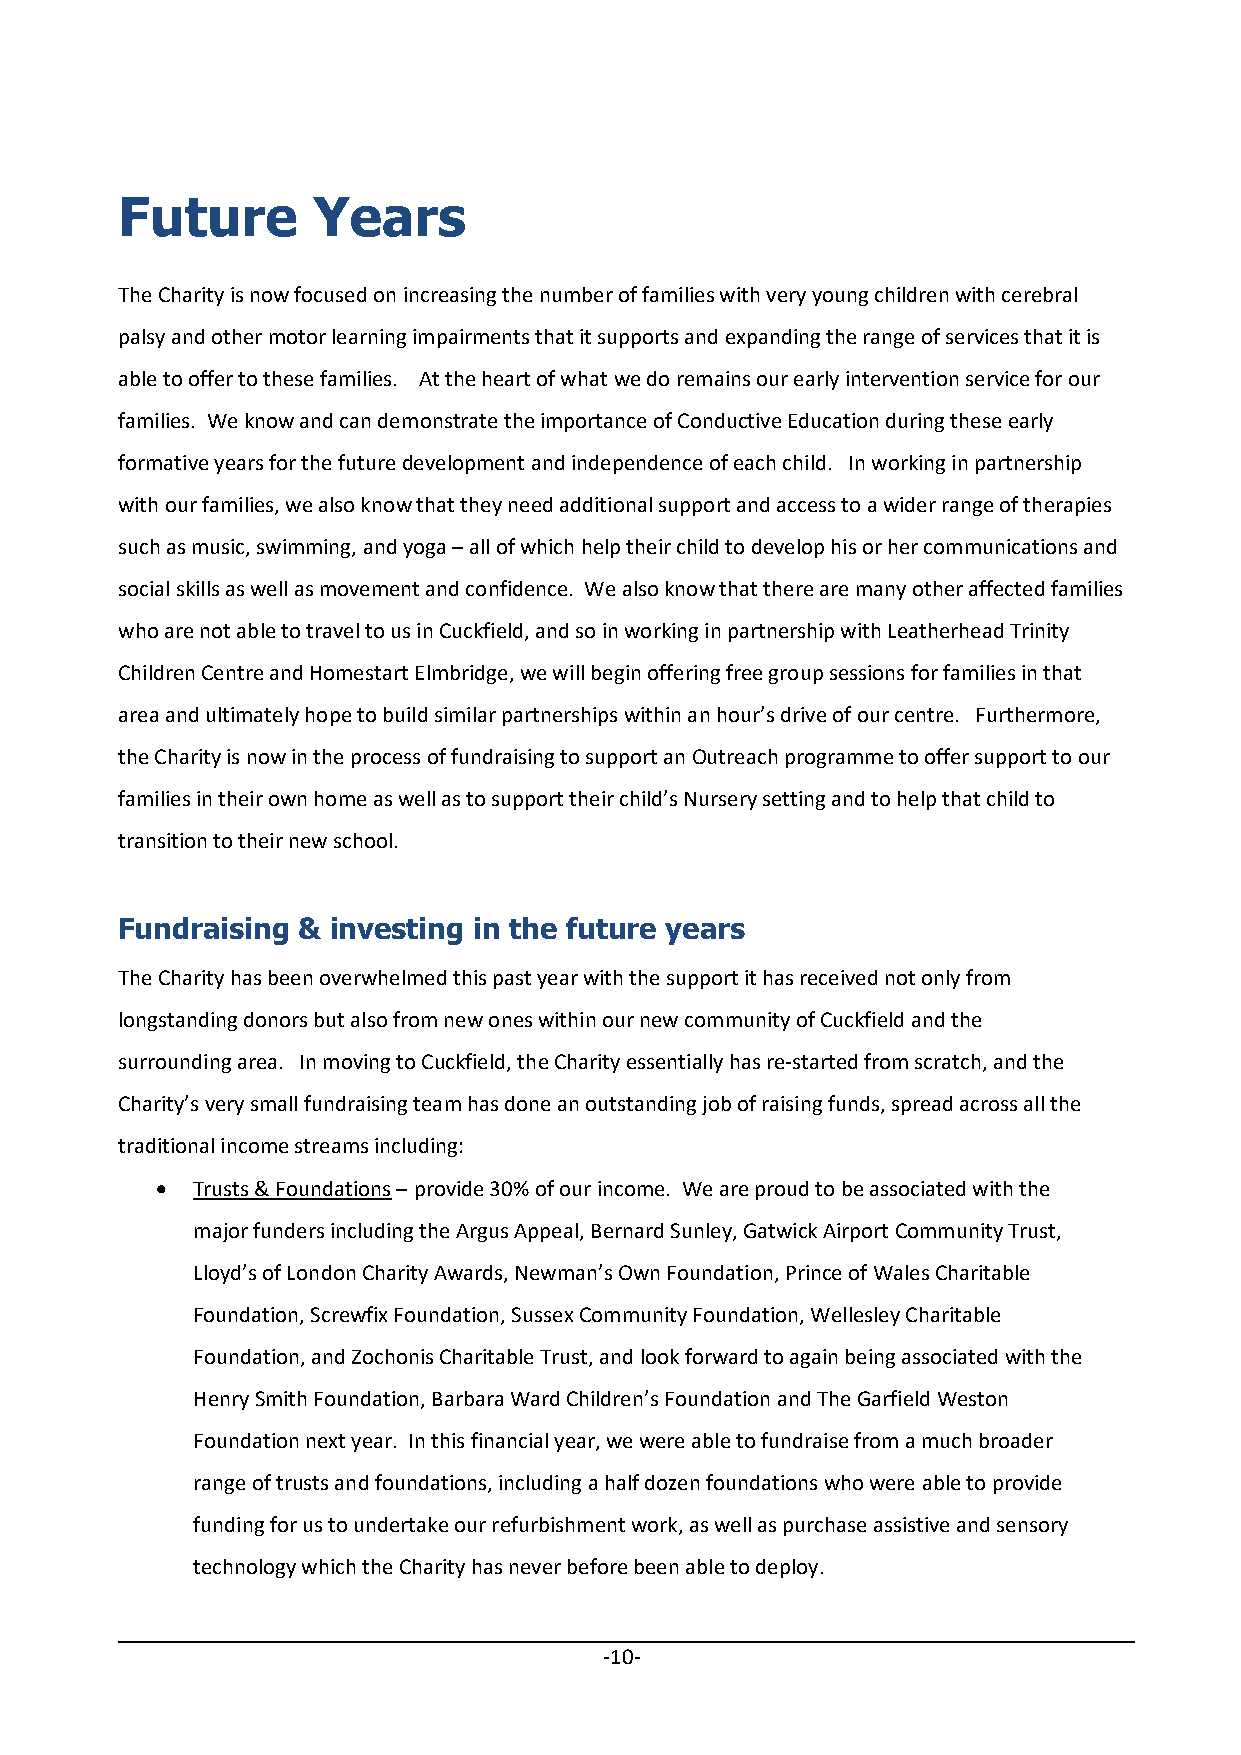
Future       Years
 The Charity is now focused on increasing the number of families with very young children with cerebral
 palsy and other motor learning impairments that it supports and expanding the range of services that it is
 able to offer to these families. At the heart of what we do remains our early intervention service for our
 families. We know and can demonstrate the importance of Conductive Education during these early
 formative years for the future development and independence of each child. In working in partnership
 with our families, we also know that they need additional support and access to a wider range of therapies
 such as music, swimming, and yoga – all of which help their child to develop his or her communications and
 social skills as well as movement and confidence. We also know that there are many other affected families
 who are not able to travel to us in Cuckfield, and so in working in partnership with Leatherhead Trinity
 Children Centre and Homestart Elmbridge, we will begin offering free group sessions for families in that
 area and ultimately hope to build similar partnerships within an hour’s drive of our centre. Furthermore,
 the Charity is now in the process of fundraising to support an Outreach programme to offer support to our
 families in their own home as well as to support their child’s Nursery setting and to help that child to
 transition to their new school.
 Fundraising & investing in the future years
 The Charity has been overwhelmed this past year with the support it has received not only from
 longstanding donors but also from new ones within our new community of Cuckfield and the
 surrounding area. In moving to Cuckfield, the Charity essentially has re‐started from scratch, and the
 Charity’s very small fundraising team has done an outstanding job of raising funds, spread across all the
 traditional income streams including:
   Trusts & Foundations – provide 30% of our income. We are proud to be associated with the
 major funders including the Argus Appeal, Bernard Sunley, Gatwick Airport Community Trust,
 Lloyd’s of London Charity Awards, Newman’s Own Foundation, Prince of Wales Charitable
 Foundation, Screwfix Foundation, Sussex Community Foundation, Wellesley Charitable
 Foundation, and Zochonis Charitable Trust, and look forward to again being associated with the
 Henry Smith Foundation, Barbara Ward Children’s Foundation and The Garfield Weston
 Foundation next year. In this financial year, we were able to fundraise from a much broader
 range of trusts and foundations, including a half dozen foundations who were able to provide
 funding for us to undertake our refurbishment work, as well as purchase assistive and sensory
 technology which the Charity has never before been able to deploy.
 ‐10‐